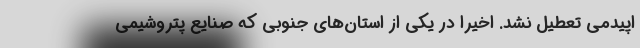
اپیدمی تعطیل نشد. اخیراً در یکی از استان‌های جنوبی که صنایع پتروشیمی